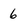
Character: 6